Civil Veterinary Department Bihar & Orissa reports 1911-21 - 1911-1921
Year: 1911
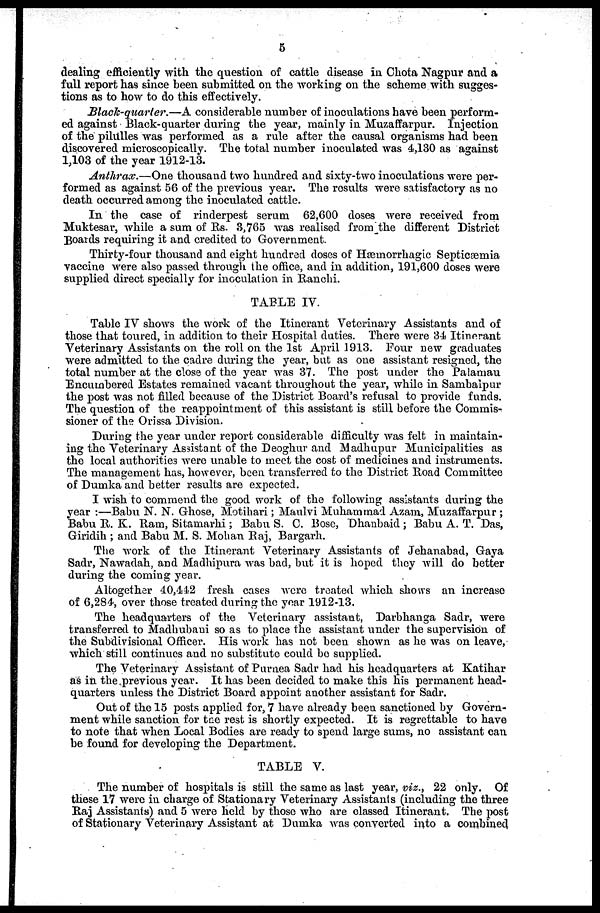
5
dealing efficiently with the question of cattle disease in Chota Nagpur and a
full report has since been submitted on the working on the scheme with sugges-
tions as to how to do this effectively.
Black-quarter.—A considerable number of inoculations have been perform-
ed against Black-quarter during the year, mainly in Muzaffarpur. Injection
of the pilulles was performed as a rule after the causal organisms had been
discovered microscopically. The total number inoculated was 4,130 as against
1,103 of the year 1912-13.
Anthrax.—One thousand two hundred and sixty-two inoculations were per-
formed as against 56 of the previous year. The results were satisfactory as no
death occurred among the inoculated cattle.
In the case of rinderpest serum 62,600 doses were received from
Muktesar, while a sum of Rs. 3,765 was realised from the different District
Boards requiring it and credited to Government.
Thirty-four thousand and eight hundred doses of Hæmorrhagic Septicæmia
vaccine were also passed through the office, and in addition, 191,600 doses were
supplied direct specially for inoculation in Ranchi.
TABLE IV.
Table IV shows the work of the Itinerant Veterinary Assistants and of
those that toured, in addition to their Hospital duties. There were 34 Itinerant
Veterinary Assistants on the roll on the 1st April 1913. Four new graduates
were admitted to the cadre during the year, but as one assistant resigned, the
total number at the close of the year was 37. The post under the Palamau
Encumbered Estates remained vacant throughout the year, while in Sambalpur
the post was not filled because of the District Board's refusal to provide funds.
The question of the reappointment of this assistant is still before the Commis-
sioner of the Orissa Division.
During the year under report considerable difficulty was felt in maintain-
ing the Veterinary Assistant of the Deoghur and Madhupur Municipalities as
the local authorities were unable to meet the cost of medicines and instruments.
The management has, however, been transferred to the District Road Committee
of Dumka and better results are expected.
I wish to commend the good work of the following assistants during the
year :—Babu N. N. Ghose, Motihari; Maulvi Muhammad Azam, Muzaffarpur ;
Babu R. K. Ram, Sitamarhi ; Babu S. C. Bose, Dhanbaid ; Babu A. T. Das,
Giridih ; and Babu M. S. Mohan Raj, Bargarh.
The work of the Itinerant Veterinary Assistants of Jehanabad, Gaya
Sadr, Nawadah, and Madhipura was bad, but it is hoped they will do better
during the coming year.
Altogether 40,442 fresh cases were treated which shows an increase
of 6,284, over those treated during the year 1912-13.
The headquarters of the Veterinary assistant, Darbhanga Sadr, were
transferred to Madhubani so as to place the assistant under the supervision of
the Subdivisional Officer. His work has not been shown as he was on leave,
which still continues and no substitute could bo supplied.
The Veterinary Assistant of Purnea Sadr had his headquarters at Katihar
as in the previous year. It has been decided to make this his permanent head-
quarters unless the District Board appoint another assistant for Sadr.
Out of the 15 posts applied for, 7 have already been sanctioned by Govern-
ment while sanction for the rest is shortly expected. It is regrettable to have
to note that when Local Bodies are ready to spend large sums, no assistant can
be found for developing the Department.
TABLE V.
The number of hospitals is still the same as last year, viz., 22 only. Of
these 17 were in charge of Stationary Veterinary Assistants (including the three
Raj Assistants) and 5 were held by those who are classed Itinerant. The post
of Stationary Veterinary Assistant at Dumka was converted into a combined